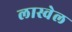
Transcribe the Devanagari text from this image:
लास्वेल